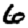
Digit: 6